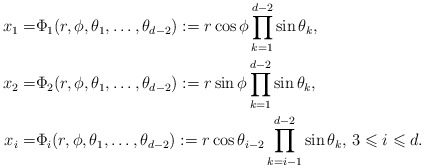
\begin{align*} x_1 =& \Phi_1(r,\phi,\theta_1,\ldots,\theta_{d-2}) := r \cos\phi \prod_{k=1}^{d-2}\sin\theta_k, \\ x_2 =& \Phi_2(r,\phi,\theta_1,\ldots,\theta_{d-2}) := r \sin\phi \prod_{k=1}^{d-2}\sin\theta_k, \\ x_i =& \Phi_i(r,\phi,\theta_1,\ldots,\theta_{d-2}) := r \cos\theta_{i-2} \prod_{k=i-1}^{d-2}\sin\theta_k,\,3\leqslant i\leqslant d. \end{align*}